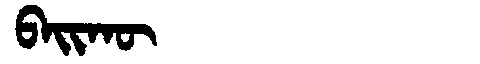
Manchu: ᠪᠠᡳᡴᡡ
Romanization: BAIKŪ